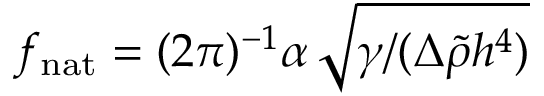
f _ { \mathrm { n a t } } = ( 2 \pi ) ^ { - 1 } \alpha \, \sqrt { \gamma / ( \Delta \widetilde { \rho } h ^ { 4 } ) }